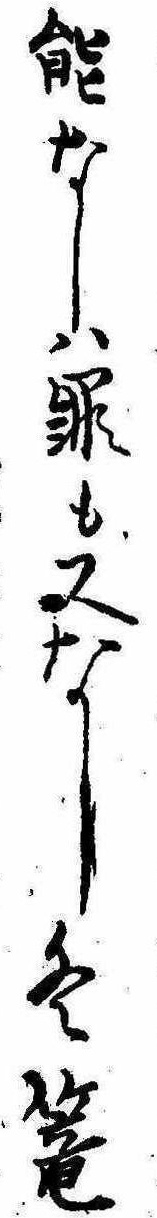
能なしは罪も又なし冬篭